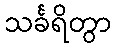
သင်္ခရိတွာ